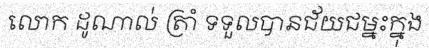
លោក ដូណាល់ ត្រាំ ទទួលបានជ័យជម្នះក្នុង